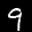
Label: 9